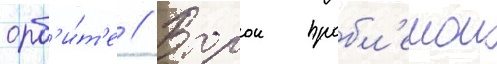
орб'и́т'е // Второи пробл'емои